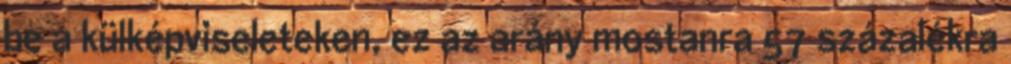
be a külképviseleteken, ez az arány mostanra 57 százalékra